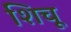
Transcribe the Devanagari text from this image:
शिचू